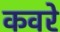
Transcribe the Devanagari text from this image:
कवरे